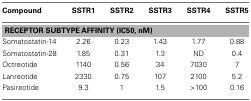
<table><thead><tr><td><b>Compound</b></td><td><b>SSTR1</b></td><td><b>SSTR2</b></td><td><b>SSTR3</b></td><td><b>SSTR4</b></td><td><b>SSTR5</b></td></tr></thead><tbody><tr><td colspan="6"><b>RECEPTOR SUBTYPE AFFINITY (IC50, nM)</b></td></tr><tr><td>Somatostatin-14</td><td>2.26</td><td>0.23</td><td>1.43</td><td>1.77</td><td>0.88</td></tr><tr><td>Somatostatin-28</td><td>1.85</td><td>0.31</td><td>1.3</td><td>ND</td><td>0.4</td></tr><tr><td>Octreotide</td><td>1140</td><td>0.56</td><td>34</td><td>7030</td><td>7</td></tr><tr><td>Lanreotide</td><td>2330</td><td>0.75</td><td>107</td><td>2100</td><td>5.2</td></tr><tr><td>Pasireotide</td><td>9.3</td><td>1</td><td>1.5</td><td>&gt;100</td><td>0.16</td></tr></tbody></table>